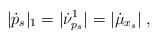
LaTeX: \begin{align*} |\dot p_s|_1 = |\dot\nu^1_{p_s}| = |\dot\mu_{x_s}|\;, \end{align*}